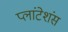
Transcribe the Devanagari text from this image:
प्लांटेशंस